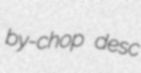
by-chop desc